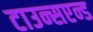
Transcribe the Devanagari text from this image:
टाउन्सएन्ड